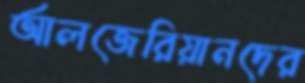
আলজেরিয়ানদের